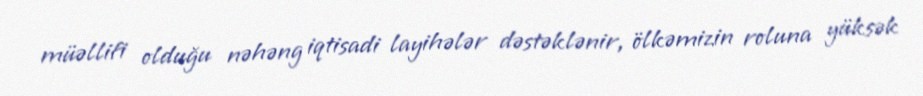
müəllifi olduğu nəhəng iqtisadi layihələr dəstəklənir, ölkəmizin roluna yüksək